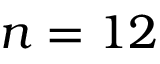
n = 1 2